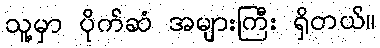
သူ့မှာ ပိုက်ဆံ အများကြီး ရှိတယ်။